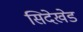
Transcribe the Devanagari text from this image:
सिदेखेड